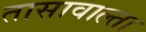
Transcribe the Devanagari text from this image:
तासावाल्ता